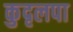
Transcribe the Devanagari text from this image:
कुदृलपा